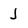
Character: j